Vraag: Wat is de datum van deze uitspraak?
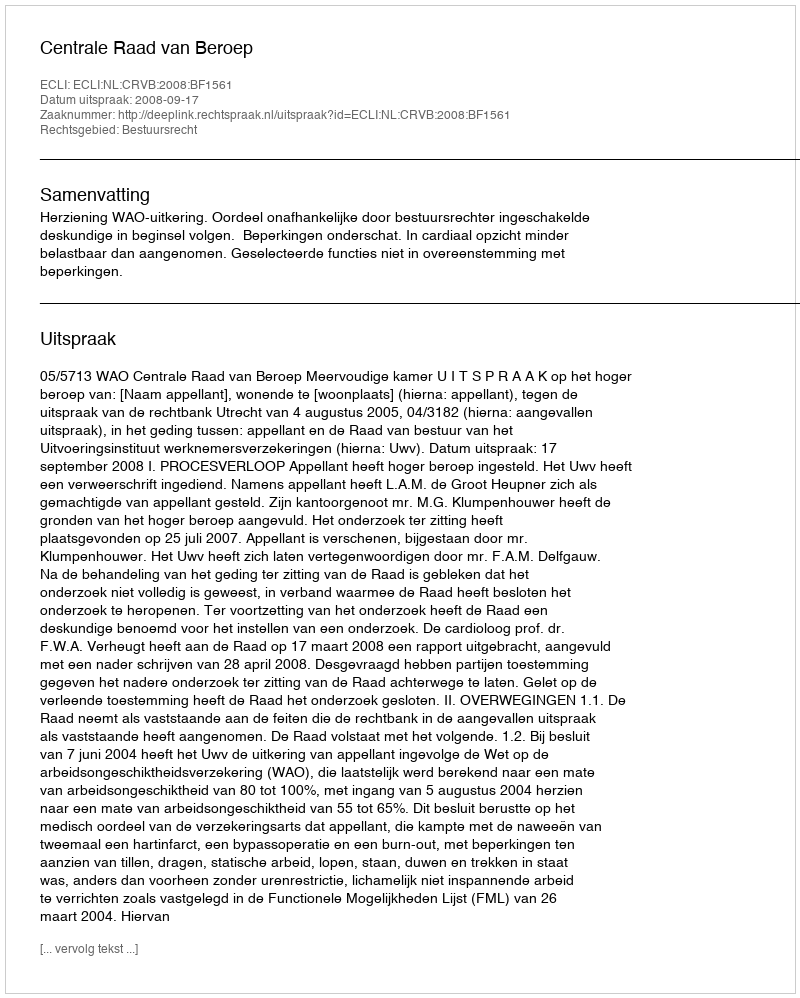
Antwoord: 2008-09-17